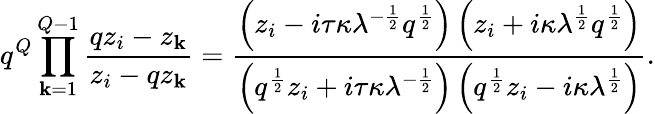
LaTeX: q^{Q}\prod_{\mathbf{k}=1}^{Q-1}\frac{{qz_{i}-z_{\mathbf{k}}}}{{z_{i}-qz_{\mathbf{k}}}}=\frac{{\left(z_{i}-i\tau\kappa\lambda^{-\frac{{1}}{{2}}}q^{\frac{{1}}{{2}}}\right)\left(z_{i}+i\kappa\lambda^{\frac{{1}}{{2}}}q^{\frac{{1}}{{2}}}\right)}}{{\left(q^{\frac{{1}}{{2}}}z_{i}+i\tau\kappa\lambda^{-\frac{{1}}{{2}}}\right)\left(q^{\frac{{1}}{{2}}}z_{i}-i\kappa\lambda^{\frac{{1}}{{2}}}\right)}}.